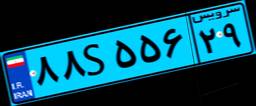
۷۴S۳۷۸۲۶